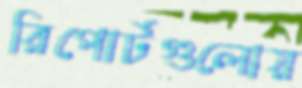
রিপোর্টগুলোয়